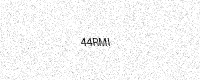
Text: 44RMI